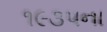
૧૯૩૫ના